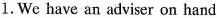
1.We have an adviser on hand